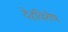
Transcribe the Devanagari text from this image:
देहविशेष